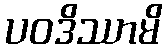
ပဝဒိဿာမိ